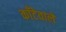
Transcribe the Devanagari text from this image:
काँटेवाले